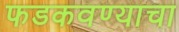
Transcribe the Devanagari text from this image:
फडकवण्याचा